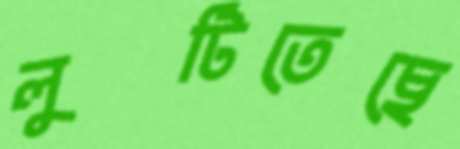
লুটিতেছে